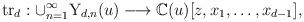
LaTeX: \begin{align*}{\rm tr}_d: \cup_{n=1}^{\infty}{\rm Y}_{d,n}(u) \longrightarrow \mathbb{C}(u)[z, x_1, \ldots, x_{d-1}],\end{align*}